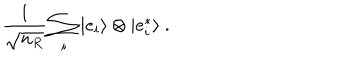
{ \frac { 1 } { \sqrt { n _ { R } } } } \sum _ { i } | e _ { i } \rangle \otimes | e _ { i } ^ { * } \rangle ~ .